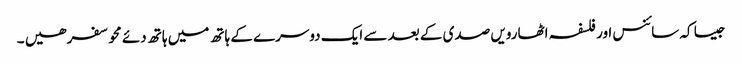
جیسا کہ سائنس اور فلسفہ اٹھارویں صدی کے بعد سے ایک دوسرے کے ہاتھ میں ہاتھ دئے محو سفر ھیں ۔